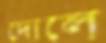
দোলে